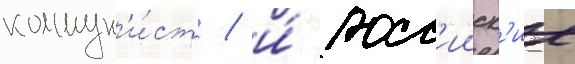
коммун'и́ст / и́ росс'ииск'ие